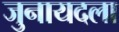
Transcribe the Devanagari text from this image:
जुनायदला